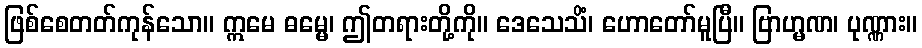
ဖြစ်စေတတ်ကုန်သော။ ဣမေ ဓမ္မေ၊ ဤတရားတို့ကို။ ဒေသေသိံ၊ ဟောတော်မူပြီ။ ဗြာဟ္မဏ၊ ပုဏ္ဏား။